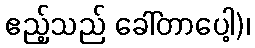
ဧည့်သည် ခေါ်တာပေါ့)၊